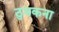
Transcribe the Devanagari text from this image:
ठुमकना